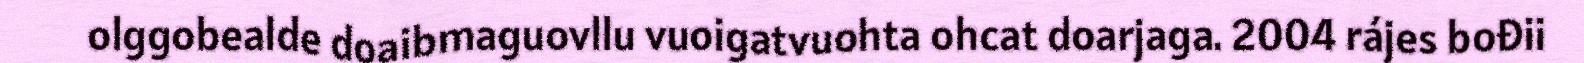
olggobealde doaibmaguovllu vuoigatvuohta ohcat doarjaga. 2004 rájes bođii